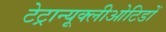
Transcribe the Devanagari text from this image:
टेट्रान्यूक्लीओटिडों